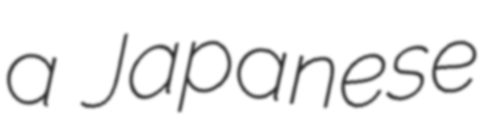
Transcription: a Japanese